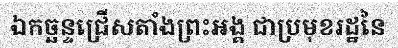
ឯកច្ឆន្ទជ្រើសតាំងព្រះអង្គ ជាប្រមុខរដ្ឋនៃ